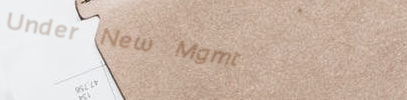
Under New Mgmt